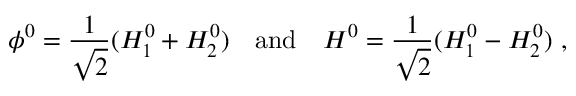
\phi ^ { 0 } = \frac { 1 } { \sqrt { 2 } } ( H _ { 1 } ^ { 0 } + H _ { 2 } ^ { 0 } ) \quad \mathrm { a n d } \quad H ^ { 0 } = \frac { 1 } { \sqrt { 2 } } ( H _ { 1 } ^ { 0 } - H _ { 2 } ^ { 0 } ) \ ,